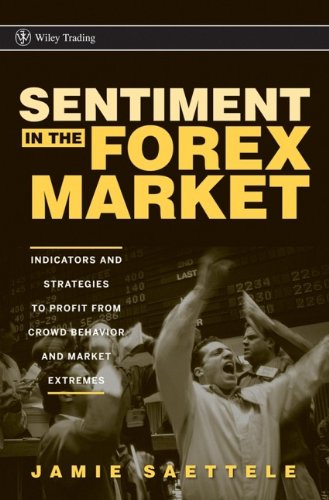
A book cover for Sentiment in the Forex Market: Indicators and Strategies To Profit from Crowd Behavior and Market Extremes; Jamie Saettele; Business & Money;